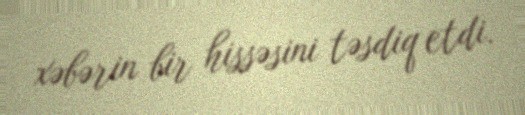
xəbərin bir hissəsini təsdiq etdi.